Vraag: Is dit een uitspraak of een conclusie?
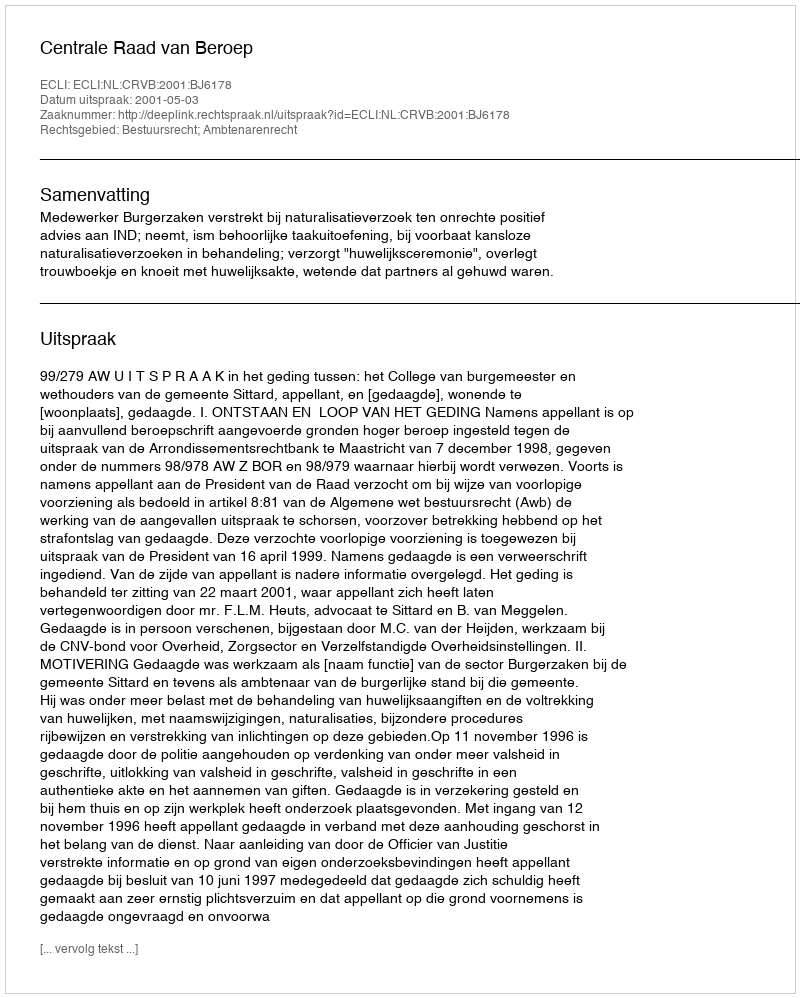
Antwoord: Uitspraak